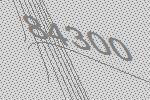
84300